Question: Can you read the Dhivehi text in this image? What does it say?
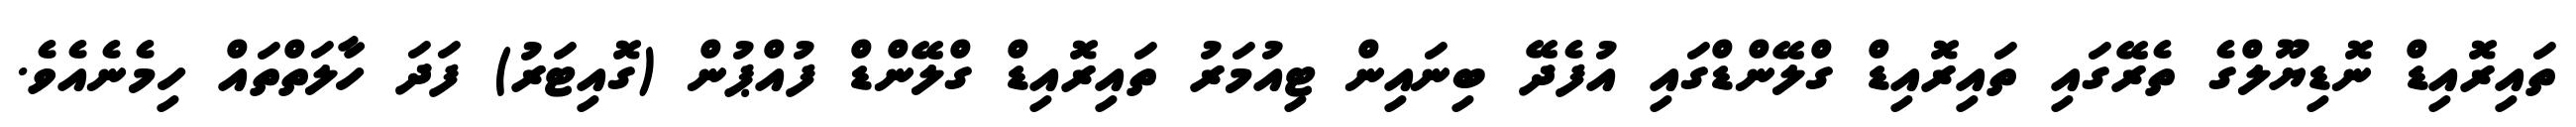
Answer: ތައިރޮއިޑް ނޮޑިޔޫލްގެ ތެރޭގައި ތައިރޮއިޑް ގްލޭންޑްގައި އުފެދޭ ބިނައިން ޓިއުމަރު ތައިރޮއިޑް ގްލޭންޑް ފުއްޕުން (ގޮއިޓަރު) ފަދަ ހާލަތްތައް ހިމެނެއެވެ.